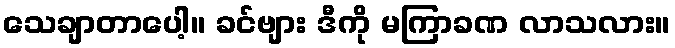
သေချာတာပေါ့။ ခင်ဗျား ဒီကို မကြာခဏ လာသလား။